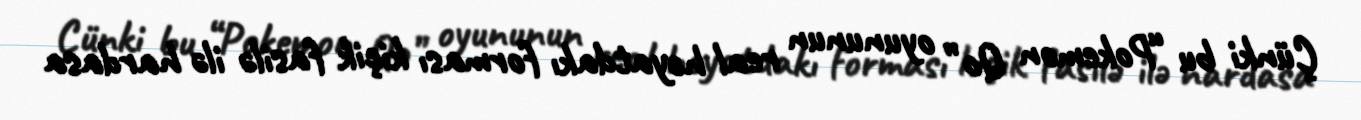
Çünki bu “Pokemon Qo” oyununun real həyatdakı forması kiçik fasilə ilə hardasa